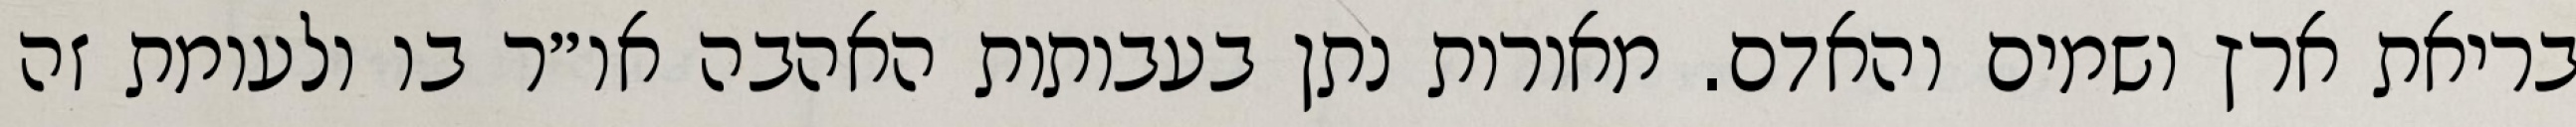
בריאת ארץ ושמים והאדם. מאורות נתן בעבותות האהבה או״ר בו ולעומת זה